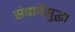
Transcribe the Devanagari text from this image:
संघानेसुद्धा